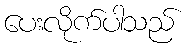
ပေးလိုက်ပါသည်